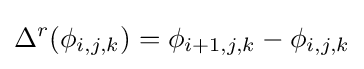
\Delta ^{r}(\phi _{i,j,k})=\phi _{i+1,j,k}-\phi _{i,j,k}